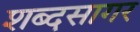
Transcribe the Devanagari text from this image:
शब्‍दसागर